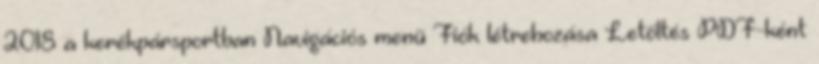
2018 a kerékpársportban Navigációs menü Fiók létrehozása Letöltés PDF-ként